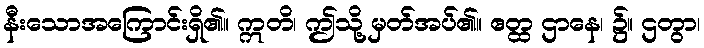
နီးသောအကြောင်းရှိ၏။ ဣတိ၊ ဤသို့ မှတ်အပ်၏။ ဧတ္ထ ဌာနေ၊ ၌။ ဌတွာ၊